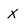
Character: X